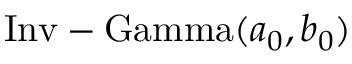
{ \mathrm { I n v - G a m m a } } ( a _ { 0 } , b _ { 0 } )